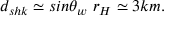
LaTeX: d _ { s h k } \simeq s i n \theta _ { w } ~ r _ { H } \simeq 3 k m .